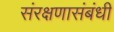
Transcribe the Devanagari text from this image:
संरक्षणासंबंधी